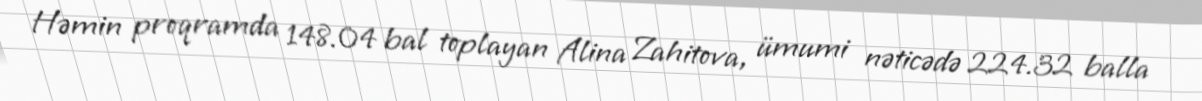
Həmin proqramda 148.04 bal toplayan Alina Zahitova, ümumi nəticədə 224.32 balla